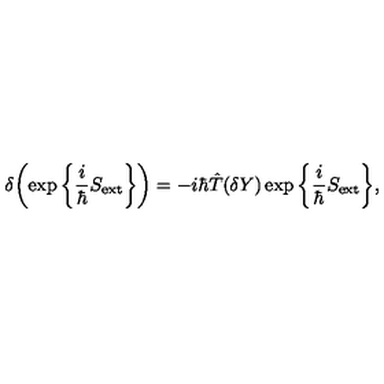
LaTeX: \delta \bigg ( \! \exp \bigg \{ \frac { i } { \hbar } S _ { \mathrm { e x t } } \bigg \} \bigg ) = - i \hbar \hat { T } ( \delta Y ) \exp \bigg \{ \frac { i } { \hbar } S _ { \mathrm { e x t } } \bigg \} ,